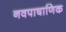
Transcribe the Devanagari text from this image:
नवपाषाणिक